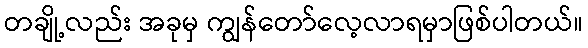
တချို့လည်း အခုမှ ကျွန်တော်လေ့လာရမှာဖြစ်ပါတယ်။